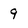
Character: 9